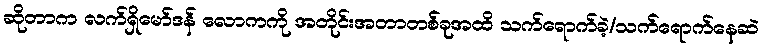
ဆိုတာက လက်ရှိမော်ဒန် လောကကို အတိုင်းအတာတစ်ခုအထိ သက်ရောက်ခဲ့/သက်ရောက်နေဆဲ